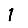
Digit: 1